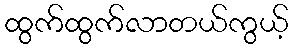
ထွက်ထွက်လာတယ်ကွယ့်